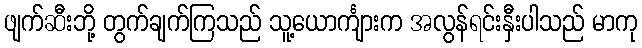
ဖျက်ဆီးဘို့ တွက်ချက်ကြသည် သူ့ယောင်္ကျားက အလွန်ရင်းနှီးပါသည် မာကု